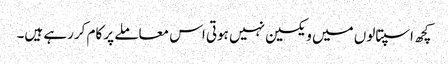
کچھ اسپتالوں میں ویکسین نہیں ہوتی اس معاملے پر کام کررہے ہیں۔